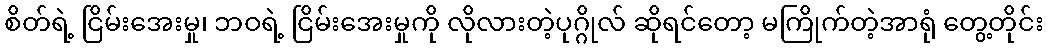
စိတ်ရဲ့ ငြိမ်းအေးမှု၊ ဘဝရဲ့ ငြိမ်းအေးမှုကို လိုလားတဲ့ပုဂ္ဂိုလ် ဆိုရင်တော့ မကြိုက်တဲ့အာရုံ တွေ့တိုင်း